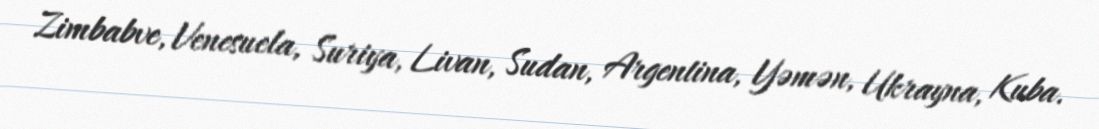
Zimbabve, Venesuela, Suriya, Livan, Sudan, Argentina, Yəmən, Ukrayna, Kuba.